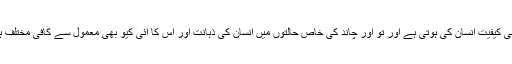
بعینہ وہی کیفیت انسان کی ہوتی ہے اور تو اور چاند کی خاص حالتوں میں انسان کی ذہانت اور اس کا آئی کیو بھی معمول سے کافی مختلف ہوتا ہے۔